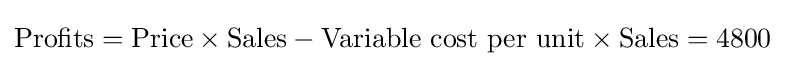
\mathrm {Profits} =\mathrm {Price} \times \mathrm {Sales} -\mathrm {Variable\ cost\ per\ unit} \times \mathrm {Sales} =4800